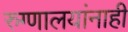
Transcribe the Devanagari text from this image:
रुग्णालयांनाही